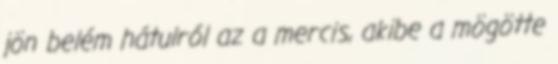
jön belém hátulról az a mercis, akibe a mögötte